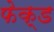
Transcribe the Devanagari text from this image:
फेक्ड